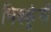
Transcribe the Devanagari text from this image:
भिक्कूंनी